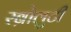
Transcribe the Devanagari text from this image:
रब्रोलुटी